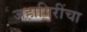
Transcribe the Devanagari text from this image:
जहागिरींचा